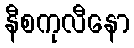
နီစကုလီနော